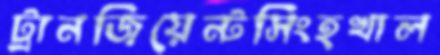
ট্রানজিয়েন্টসিংহখাল